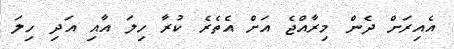
އެއިރަށް ދެން މިރާއްޖެ އަށް އެތެރެ ކުރާ ހިލަ އާއި އަދި ހިލަ